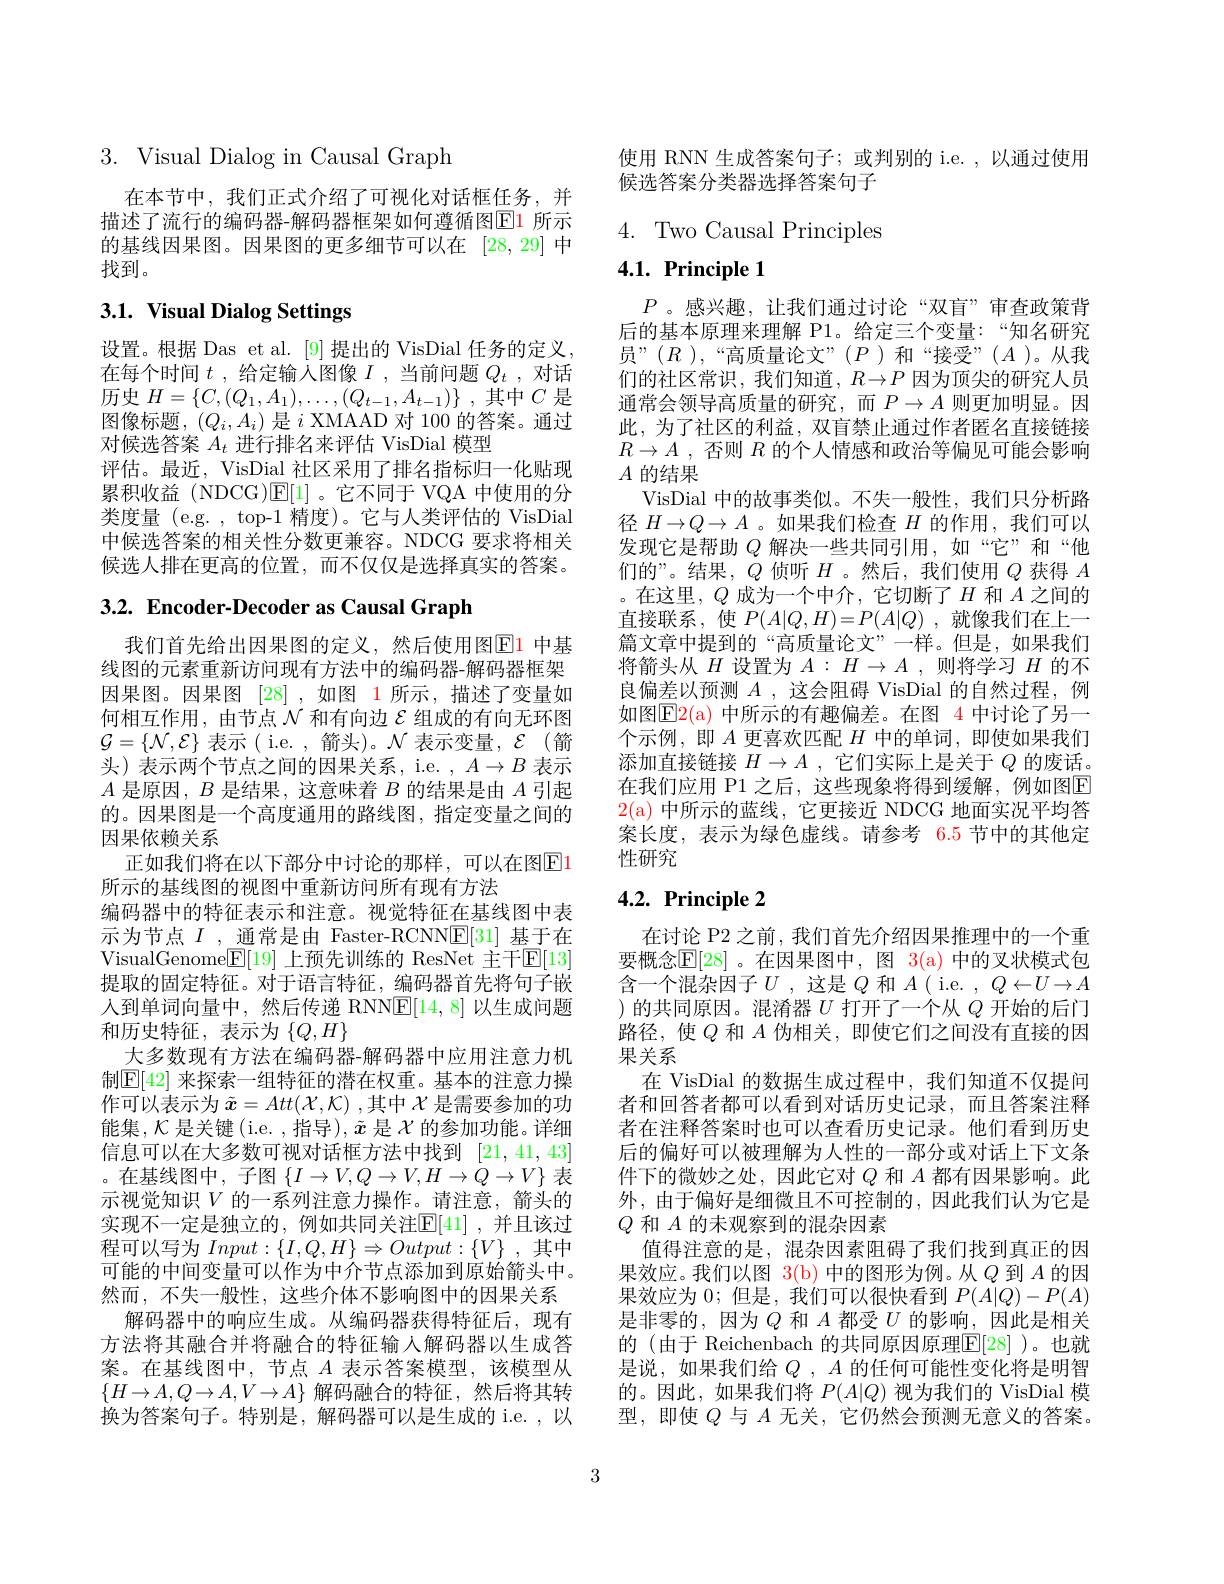
3. Visual Dialog in Causal Graph

在本节中，我们正式介绍了可视化对话框任务，并描述了流行的编码器-解码器框架如何遵循图E1 所示的基线因果图。因果图的更多细节可以在[28,29]中找到。

# 3.1. Visual Dialog Settings

设置。根据 Das et al.[9] 提出的 VisDial 任务的定义在每个时间$t$ ,给定输入图像$I$ ,当前问题$Q_t$ ,对话历史$H= \{ C, ( Q_1, A_1) , \ldots , ( Q_{t- 1}, A_{t- 1}) \}$ ,其中$C$是图像标题，$(Q_i,A_i)$是$i$ XMAAD 对 100 的答案。通过对候选答案$A_t$进行排名来评估 VisDial 模型
评估。最近，VisDial 社区采用了排名指标归一化贴现累积收益 (NDCG)$\mathbb{E}[1]$。它不同于 VQA 中使用的分类度量 (e.g. , top-1 精度)。它与人类评估的 VisDial 中候选答案的相关性分数更兼容。NDCG 要求将相关候选人排在更高的位置，而不仅仅是选择真实的答案。

$3. 2. \textbf{ Encoder- Decoder as Causal Graph}$

我们首先给出因果图的定义，然后使用图E1 中基线图的元素重新访问现有方法中的编码器-解码器框架因果图。因果图[28] ,如图 1 所示，描述了变量如何相互作用，由节点$\mathcal{N}$和有向边$\mathcal{E}$组成的有向无环图$\mathcal{G}=\{\mathcal{N},\mathcal{E}\}$表示( i.e. , 箭头)。$\mathcal{N}$表示变量，$\mathcal{E}$(箭头)表示两个节点之间的因果关系，i.e. $,A\to B$表示$A$是原因，$B$是结果，这意味着$B$的结果是由$A$引起的。因果图是一个高度通用的路线图，指定变量之间的因果依赖关系
正如我们将在以下部分中讨论的那样，可以在图$\color{red}{\mathrm{E}}\color{blue}{\mathrm{1}}$
所示的基线图的视图中重新访问所有现有方法
编码器中的特征表示和注意。视觉特征在基线图中表示为节点$I$ , 通常是由 Faster-RCNN$\underline{\mathrm{E}}[31]$基于在VisualGenome$\boxed{\mathbb{F}}[19]$ 上预先训练的 ResNet 主干$\mathbb{E}[13]$ 提取的固定特征。对于语言特征，编码器首先将句子嵌入到单词向量中，然后传递 RNN$\underline{\mathrm{E}}[14,8]$以生成问题和历史特征，表示为$\{Q,H\}$
大多数现有方法在编码器-解码器中应用注意力机制$\mathbb{E}[42]$ 来探索一组特征的潜在权重。基本的注意力操作可以表示为$\tilde{x}=Att(\mathcal{X},\mathcal{K})$ ,其中$\mathcal{X}$是需要参加的功能集，$\mathcal{K}$是关键(i.e. ,指导), $\tilde{x}$是$\mathcal{X}$的参加功能。详细信息可以在大多数可视对话框方法中找到[21,41,43] 。在基线图中，子图$\left\{I\to V,Q\to V,H\to Q\to V\right\}$表示视觉知识$V$的一系列注意力操作。请注意，箭头的实现不一定是独立的，例如共同关注$\mathbb{E}[41]$ ,并且该过程可以写为$Input:\{I,Q,H\}\Rightarrow Output:\{V\}$ ,其中可能的中间变量可以作为中介节点添加到原始箭头中。然而，不失一般性，这些介体不影响图中的因果关系
解码器中的响应生成。从编码器获得特征后，现有方法将其融合并将融合的特征输入解码器以生成答案。在基线图中，节点$A$表示答案模型，该模型从$\{H\to A,Q\to A,V\to A\}$解码融合的特征，然后将其转换为答案句子。特别是，解码器可以是生成的 i.e. ,以

使用 RNN 生成答案句子；或判别的 i.e. ,以通过使用
候选答案分类器选择答案句子

4. Two Causal Principles

## $4. 1. \textbf{ Principle 1}$

$P$ 。感兴趣，让我们通过讨论“双盲”审查政策背后的基本原理来理解 P1。给定三个变量：“知名研究员”(R),“高质量论文”(P)和“接受”(A)。从我们的社区常识，我们知道，$R\to P$因为顶尖的研究人员通常会领导高质量的研究，而$P\to A$则更加明显。因此，为了社区的利益，双盲禁止通过作者匿名直接链接$R\to A$ , 否则$R$的个人情感和政治等偏见可能会影响$A$的结果
VisDial 中的故事类似。不失一般性，我们只分析路径$H\to Q\to A$ 。如果我们检查$H$的作用，我们可以发现它是帮助$Q$解决一些共同引用，如“它”和“他们的”。结果，$Q$侦听$H$ 。然后，我们使用$Q$获得$A$ 。在这里，$Q$成为一个中介，它切断了$H$和$A$之间的直接联系，使$P(A|Q,H)=P(A|Q)$ ,就像我们在上一篇文章中提到的“高质量论文”一样。但是，如果我们将箭头从$H$设置为$A:H\to A$,则将学习$H$的不良偏差以预测$A$ ,这会阻碍 VisDial 的自然过程，例如图$\mathbb{E}$2(a)中所示的有趣偏差。在图 4 中讨论了另一个示例，即$A$更喜欢匹配$H$中的单词，即使如果我们添加直接链接$H\to A$ ,它们实际上是关于$Q$的废话。在我们应用 P1 之后，这些现象将得到缓解，例如图$\overline{\mathrm{F}}$ 2(a)中所示的蓝线，它更接近 NDCG 地面实况平均答案长度，表示为绿色虚线。请参考 6.5 节中的其他定性研究

# $4. 2. \textbf{ Principle 2}$

在讨论 P2 之前，我们首先介绍因果推理中的一个重要概念$\mathbb{E}[28]$ 。在因果图中，图 3(a) 中的叉状模式包含一个混杂因子$U$ ,这是$Q$和$A$( $ i. e. , Q\leftarrow U\rightarrow A$ )的共同原因。混淆器$U$打开了一个从$Q$开始的后门路径，使$Q$和$A$伪相关，即使它们之间没有直接的因果关系
在 VisDial 的数据生成过程中，我们知道不仅提问者和回答者都可以看到对话历史记录，而且答案注释者在注释答案时也可以查看历史记录。他们看到历史后的偏好可以被理解为人性的一部分或对话上下文条件下的微妙之处，因此它对$Q$和$A$都有因果影响。此外，由于偏好是细微且不可控制的，因此我们认为它是$Q$和$A$的未观察到的混杂因素
值得注意的是，混杂因素阻碍了我们找到真正的因果效应。我们以图$\color{red}{3(\mathrm{b})\text{ 中的图形为例。从 }Q\text{ 到 }A\text{ 的因}}$ 果效应为 0; 但是，我们可以很快看到$P(A|Q)-P(A)$ 是非零的，因为$Q$和$A$都受$U$的影响，因此是相关的 (由于 Reichenbach 的共同原因原理$\mathbb{E}[28]$ )。也就是说，如果我们给$Q$ , $A$的任何可能性变化将是明智的。因此，如果我们将$P(A|Q)$视为我们的 VisDial 模型，即使$Q$与$A$无关，它仍然会预测无意义的答案。

3